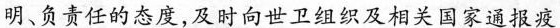
明、负责任的态度，及时向世卫组织及相关国家通报疫